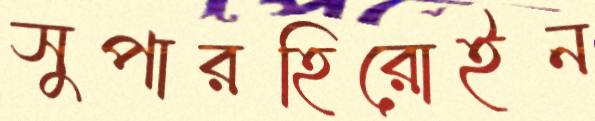
সুপারহিরোইন